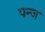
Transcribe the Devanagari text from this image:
पन्ज